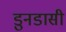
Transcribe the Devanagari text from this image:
डुनडासी